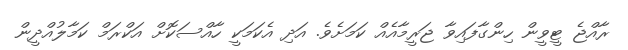
ރާއްޖެ ޓީވީން ހިންގާފައިވާ ޖަރީމާއެއް ކަމަށެވެ. އަދި އެކަމަކީ ހާއްސަކޮށް އަކްރަމް ކަމާލުއްދީން